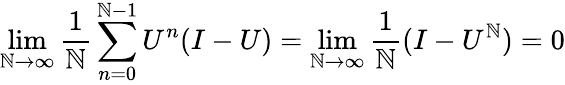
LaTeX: \operatorname*{lim}_{\mathbb{N}\to\infty}{\frac{{1}}{{\mathbb{N}}}}\sum_{n=0}^{\mathbb{N}-1}U^{n}(I-U)=\operatorname*{lim}_{\mathbb{N}\to\infty}{\frac{{1}}{{\mathbb{N}}}}(I-U^{\mathbb{N}})=0